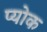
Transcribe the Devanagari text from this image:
प्योक